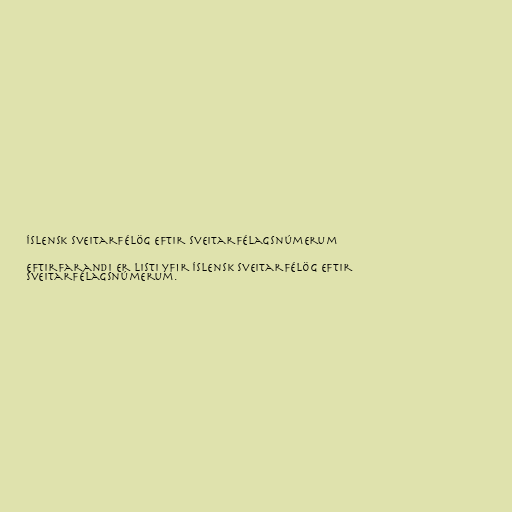
Íslensk sveitarfélög eftir sveitarfélagsnúmerum

Eftirfarandi er listi yfir íslensk sveitarfélög eftir
sveitarfélagsnúmerum.